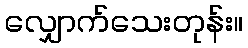
လျှောက်သေးတုန်း။